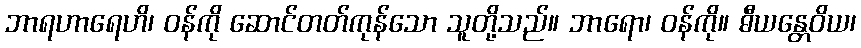
ဘာရဟာရေဟိ၊ ဝန်ကို ဆောင်တတ်ကုန်သော သူတို့သည်။ ဘာရော၊ ဝန်ကို။ ဓီယန္တေဝိယ၊